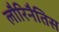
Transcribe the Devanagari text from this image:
लौरिनैतिस